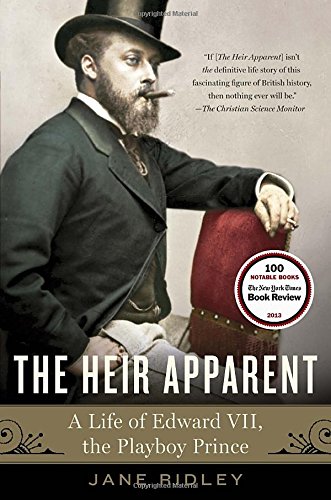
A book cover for The Heir Apparent: A Life of Edward VII, the Playboy Prince; Jane Ridley; Biographies & Memoirs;